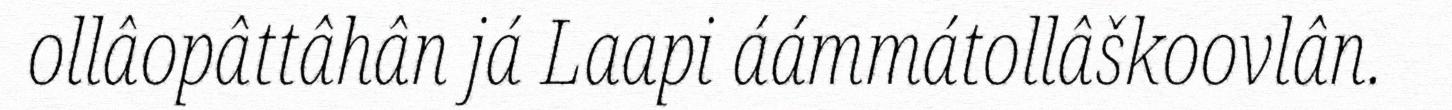
ollâopâttâhân já Laapi áámmátollâškoovlân.